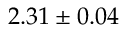
2 . 3 1 \pm 0 . 0 4